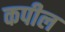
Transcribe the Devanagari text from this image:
कपील